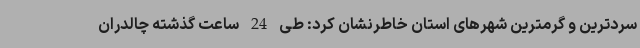
سردترین و گرمترین شهرهای استان خاطرنشان کرد: طی 24 ساعت گذشته چالدران